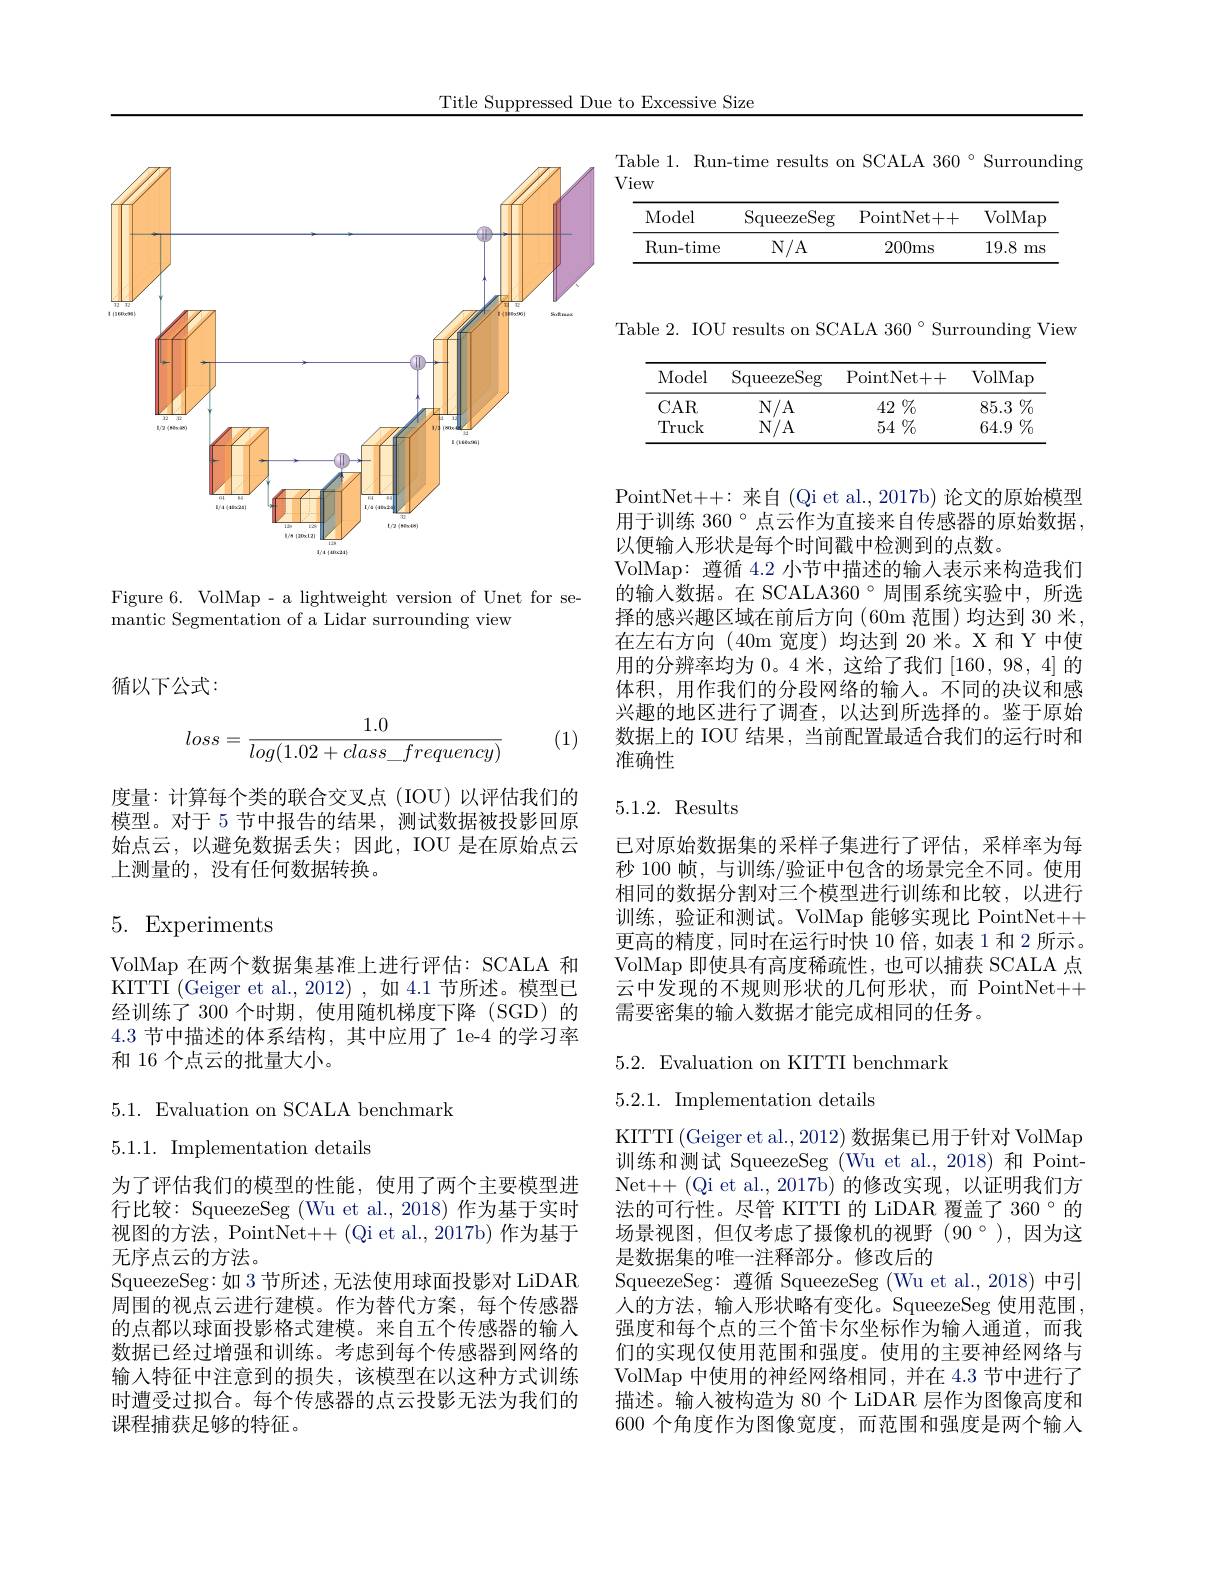
Title Suppressed Due to Excessive Size

Table 1. Run-time results on SCALA 360°Surrounding
View

<table>
	<tbody>
		<tr>
			<th>Model</th>
			<th>$\operatorname{SqueezeSeg}$</th>
			<th>PointNet+ + </th>
			<th>VolMaF</th>
		</tr>
		<tr>
			<td>$\operatorname{Run-time}$</td>
			<td>$N/A$</td>
			<td>200ms</td>
			<td>19.8 ms</td>
		</tr>
	</tbody>
</table>

<FigureHere>

Figure 6. VolMap - a lightweight version of Unet for se-
$\bar{\text{mantic Segmentation of a Lidar surrounding view}}$

循以下公式：

(1)
$$loss=\frac{1.0}{log(1.02+class_frequency)}$$
度量：计算每个类的联合交叉点(IOU)以评估我们的模型。对于 5 节中报告的结果，测试数据被投影回原始点云，以避免数据丢失；因此，IOU 是在原始点云上测量的，没有任何数据转换。

# 5. Experiments

VolMap 在两个数据集基准上进行评估：SCALA 和KITTI (Geiger et al., 2012),如 4.1节所述。模型已经训练了 300 个时期，使用随机梯度下降 (SGD) 的4.3节中描述的体系结构，其中应用了 1e-4 的学习率和 16 个点云的批量大小。

5.1. Evaluation on SCALA benchmark

5.1.1. Implementation details

为了评估我们的模型的性能，使用了两个主要模型进行比较：SqueezeSeg (Wu et al., 2018) 作为基于实时视图的方法，PointNet++(Qi et al., 2017b) 作为基于无序点云的方法。
SqueezeSeg:如 3 节所述，无法使用球面投影对 LiDAR 周围的视点云进行建模。作为替代方案，每个传感器的点都以球面投影格式建模。来自五个传感器的输入数据已经过增强和训练。考虑到每个传感器到网络的输入特征中注意到的损失，该模型在以这种方式训练时遭受过拟合。每个传感器的点云投影无法为我们的课程捕获足够的特征。

Table 2. IOU results on SCALA 360°Surrounding View

<table>
	<tbody>
		<tr>
			<th>Model</th>
			<th>$\operatorname{SqueezeSeg}$</th>
			<th>PointNet+ + </th>
			<th>VolMap</th>
		</tr>
		<tr>
			<td>CAR</td>
			<td>$N/A$</td>
			<td>$42\%$</td>
			<td>$85.3\%$</td>
		</tr>
		<tr>
			<td>Truck</td>
			<td>$N/A$</td>
			<td>$54\%$</td>
			<td>$64.9\%$</td>
		</tr>
	</tbody>
</table>

PointNet++:来自(Qi et al., 2017b) 论文的原始模型用于训练 360°点云作为直接来自传感器的原始数据， 以便输人形状是每个时间戳中检测到的点数。
VolMap: 遵循 4.2 小节中描述的输入表示来构造我们的输入数据。在 SCALA360°周围系统实验中，所选择的感兴趣区域在前后方向(60m范围)均达到 30 米， 在左右方向(40m宽度)均达到 20 米。X 和 Y 中使用的分辨率均为 0。4 米，这给了我们[160,98,4]的体积，用作我们的分段网络的输入。不同的决议和感兴趣的地区进行了调查，以达到所选择的。鉴于原始数据上的 IOU 结果，当前配置最适合我们的运行时和准确性

### 5.1.2. Results

已对原始数据集的采样子集进行了评估，采样率为每秒 100 帧，与训练/验证中包含的场景完全不同。使用相同的数据分割对三个模型进行训练和比较，以进行训练，验证和测试。VolMap 能够实现比 PointNet++ 更高的精度，同时在运行时快 10 倍，如表 1 和 2 所示。VolMap 即使具有高度稀疏性，也可以捕获 SCALA 点云中发现的不规则形状的几何形状，而 PointNet++ 需要密集的输入数据才能完成相同的任务。

5.2. Evaluation on KITTI benchmark
5.2.1. Implementation details

KITTI (Geiger et al., 2012) 数据集已用于针对 VolMap 训练和测试 SqueezeSeg (Wu et al., 2018) 和 PointNet++ (Qi et al.,2017b)的修改实现，以证明我们方法的可行性。尽管 KITTI 的 LiDAR 覆盖了 360°的场景视图，但仅考虑了摄像机的视野(90°),因为这是数据集的唯一注释部分。修改后的
SqueezeSeg: 遵循 SqueezeSeg (Wu et al.,2018) 中引人的方法，输入形状略有变化。SqueezeSeg 使用范围强度和每个点的三个笛卡尔坐标作为输入通道，而我们的实现仅使用范围和强度。使用的主要神经网络与VolMap 中使用的神经网络相同，并在 4.3 节中进行了描述。输人被构造为 80 个 LiDAR 层作为图像高度和600 个角度作为图像宽度，而范围和强度是两个输入